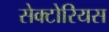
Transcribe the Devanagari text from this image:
सेक्टोरियस